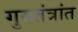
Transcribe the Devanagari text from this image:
गुरुतंत्रांत